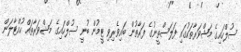
ސުލްހައިގެ މަޝްވަރާތަކުގައި ފަލަސްތީނުގެ ފަރާތުން ބައިވެރިވި ޓީމުން ބުނީ ސުލްހައިގެ މަޝްވަރާތައް ހުއްޓާލަން